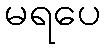
မရပေ